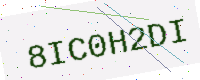
Text: 8IC0H2DI